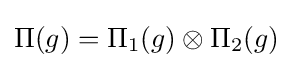
\Pi (g)=\Pi _{1}(g)\otimes \Pi _{2}(g)